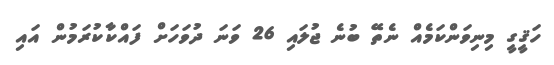
ހަޤީގީ މިނިވަންކަމެއް ނެތޭ ބުނެ ޖުލައި 26 ވަނަ ދުވަހަށް ފައްކާކުރަމުން އައި